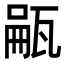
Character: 𪼺